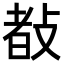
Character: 𢾀